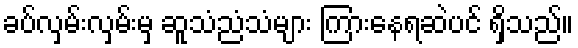
ခပ်လှမ်းလှမ်းမှ ဆူသံညံသံများ ကြားနေရဆဲပင် ရှိသည်။